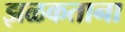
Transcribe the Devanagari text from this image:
झळकताना